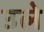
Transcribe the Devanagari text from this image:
उले